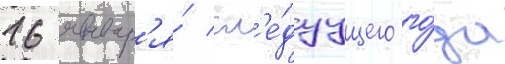
16 январ'я́ сл'е́дуущего го́да